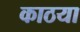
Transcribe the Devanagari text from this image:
काठया